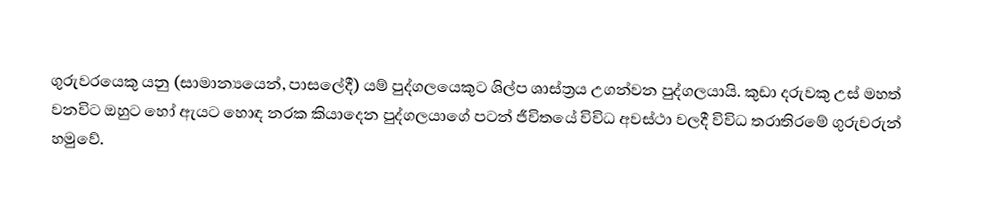
ගුරුවරයෙකු යනු (සාමාන්‍යයෙන්, පාසලේදී) යම් පුද්ගලයෙකුට ශිල්ප ශාස්ත්‍රය උගන්වන පුද්ගලයායි. කුඩා දරුවකු උස් මහත් වනවිට ඔහුට හෝ ඇයට හොඳ නරක කියාදෙන පුද්ගලයාගේ පටන් ජීවිතයේ විවිධ අවස්ථා වලදී විවිධ තරාතිරමේ ගුරුවරුන් හමුවේ.